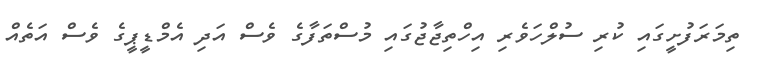
ތިމަރަފުށީގައި ކުރި ސުލްހަވެރި އިހްތިޖާޖުގައި މުސްތަފާގެ ވެސް އަދި އެމްޑީޕީގެ ވެސް އަތެއް